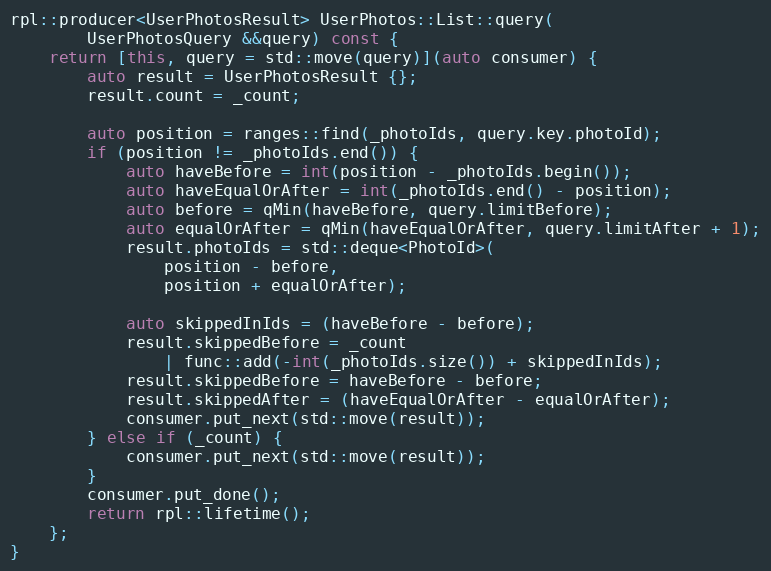
Language: C++
rpl::producer<UserPhotosResult> UserPhotos::List::query(
		UserPhotosQuery &&query) const {
	return [this, query = std::move(query)](auto consumer) {
		auto result = UserPhotosResult {};
		result.count = _count;

		auto position = ranges::find(_photoIds, query.key.photoId);
		if (position != _photoIds.end()) {
			auto haveBefore = int(position - _photoIds.begin());
			auto haveEqualOrAfter = int(_photoIds.end() - position);
			auto before = qMin(haveBefore, query.limitBefore);
			auto equalOrAfter = qMin(haveEqualOrAfter, query.limitAfter + 1);
			result.photoIds = std::deque<PhotoId>(
				position - before,
				position + equalOrAfter);

			auto skippedInIds = (haveBefore - before);
			result.skippedBefore = _count
				| func::add(-int(_photoIds.size()) + skippedInIds);
			result.skippedBefore = haveBefore - before;
			result.skippedAfter = (haveEqualOrAfter - equalOrAfter);
			consumer.put_next(std::move(result));
		} else if (_count) {
			consumer.put_next(std::move(result));
		}
		consumer.put_done();
		return rpl::lifetime();
	};
}